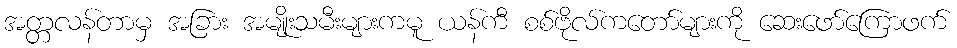
အတ္တလန်တာမှ အခြား အမျိုးသမီးများကမူ ယန်ကီ စစ်ဗိုလ်ကတော်များကို ဆေးဖော်ကြောဖက်